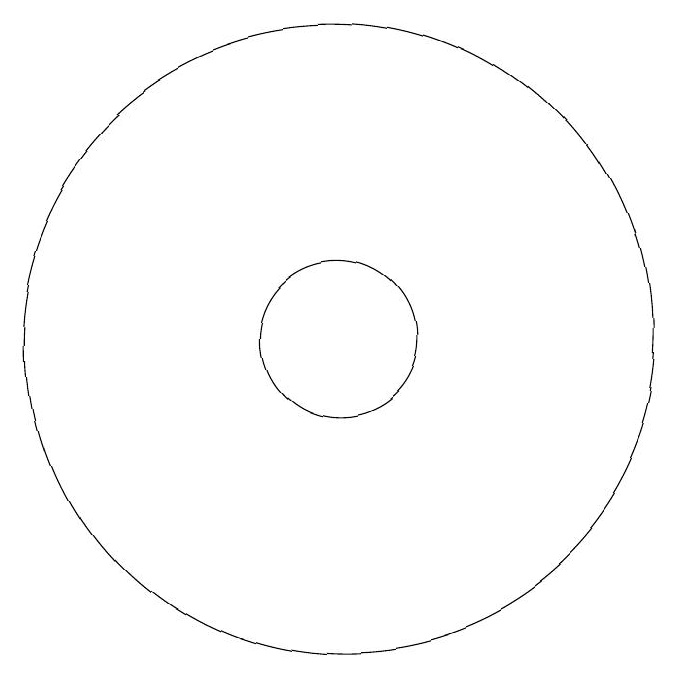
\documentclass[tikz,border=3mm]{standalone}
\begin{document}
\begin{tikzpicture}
\draw (12,11) circle (0);
\draw (11,11) circle (1);
\draw (11,11) circle (4);
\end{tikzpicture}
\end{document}